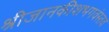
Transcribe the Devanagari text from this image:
श्रीजानकीशभगवंस्तव